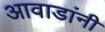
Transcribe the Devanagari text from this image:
आवाडांनी